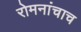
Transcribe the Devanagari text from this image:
रोमनांचाच